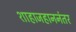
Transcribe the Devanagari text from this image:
शाहाजहाननंतर